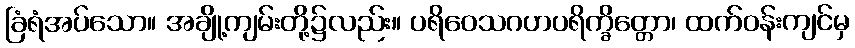
ခြံရံအပ်သော။ အချို့ကျမ်းတို့၌လည်း။ ပရိဝေသဂဟပရိက္ခိတ္တော၊ ထက်ဝန်းကျင်မှ